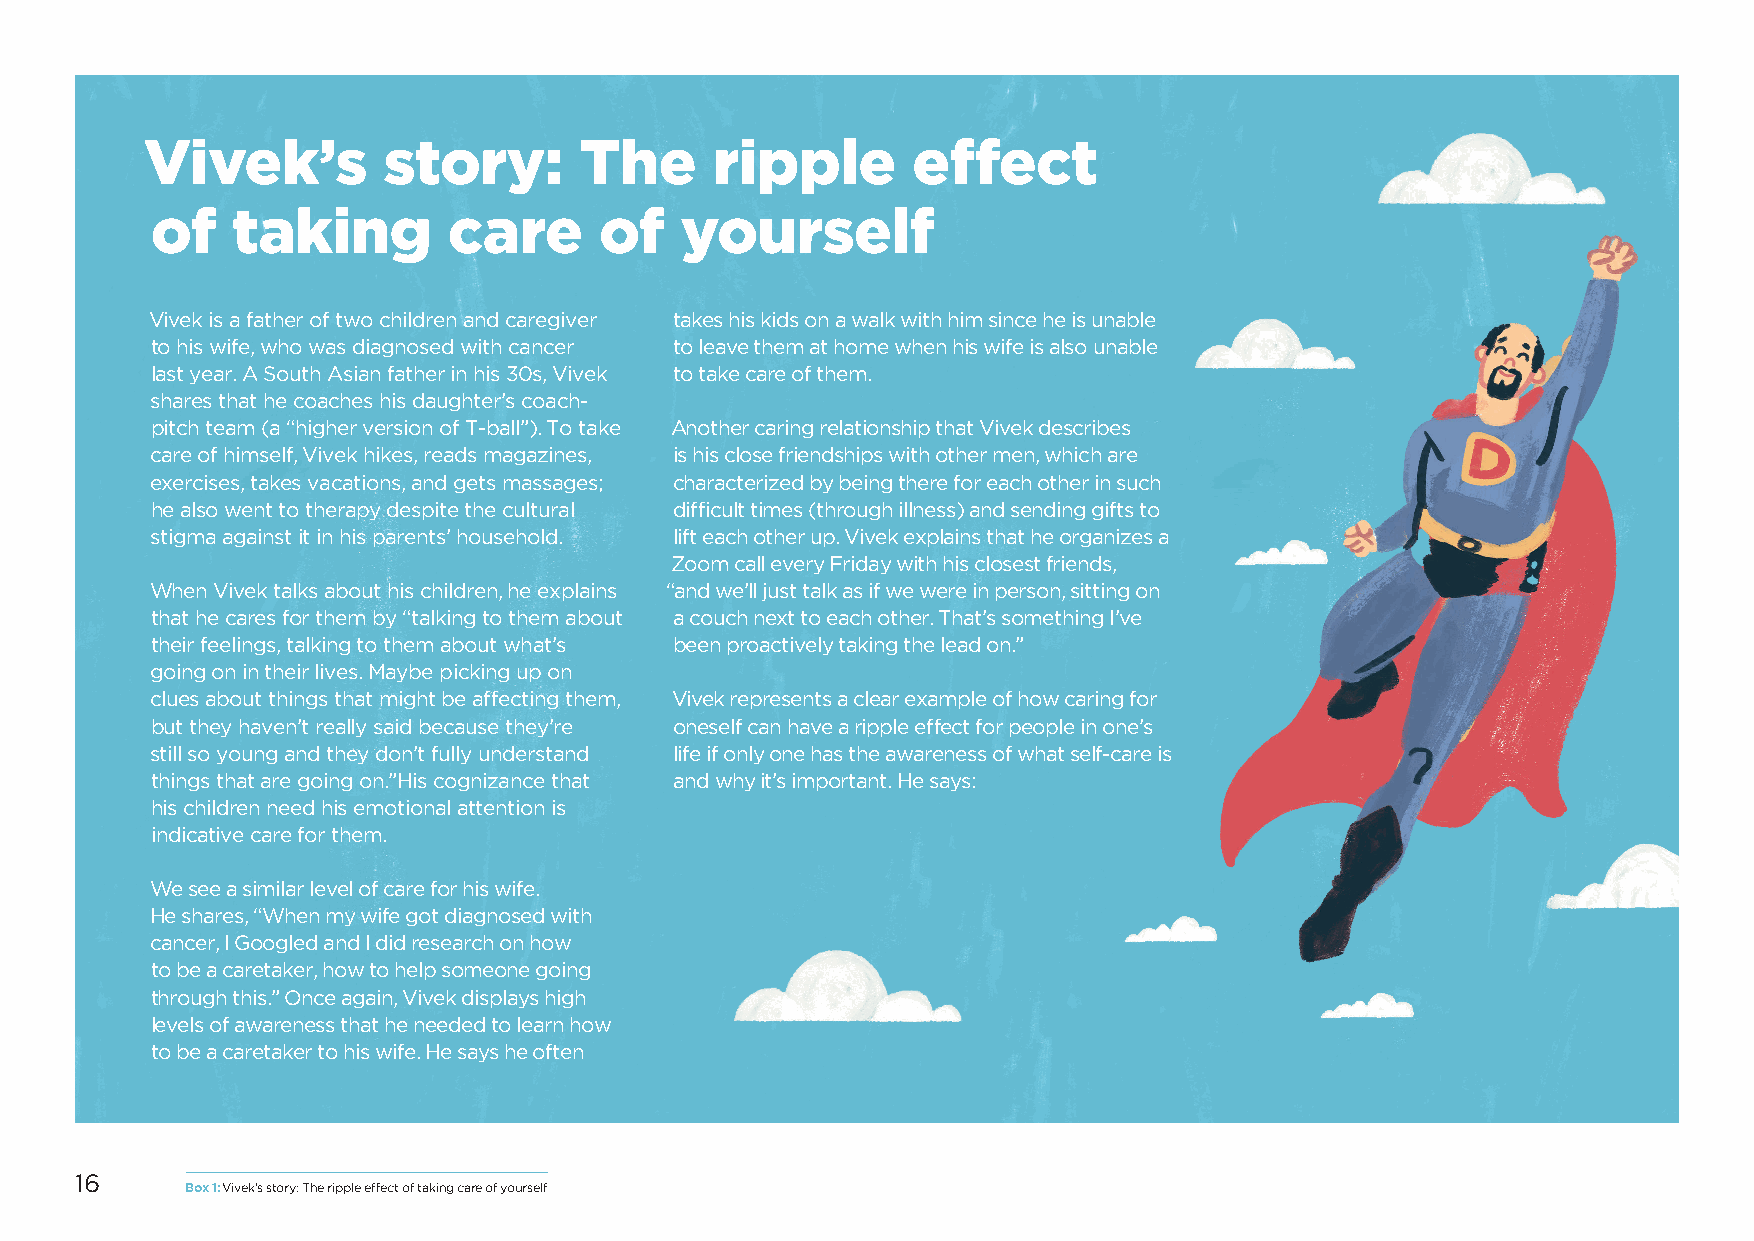
Vivek’s        story:       The      ripple       effect
 of   taking         care      of   yourself
 Vivek is a father of two children and caregiver takes his kids on a walk with him since he is unable
 to his wife, who was diagnosed with cancer to leave them at home when his wife is also unable
 last year. A South Asian father in his 30s, Vivek to take care of them.
 shares that he coaches his daughter’s coach-
 pitch team (a “higher version of T-ball”). To take Another caring relationship that Vivek describes
 care of himself, Vivek hikes, reads magazines, is his close friendships with other men, which are
 exercises, takes vacations, and gets massages; characterized by being there for each other in such
 he also went to therapy despite the cultural difficult times (through illness) and sending gifts to
 stigma against it in his parents’ household. lift each other up. Vivek explains that he organizes a
 Zoom call every Friday with his closest friends,
 When Vivek talks about his children, he explains “and we’ll just talk as if we were in person, sitting on
 that he cares for them by “talking to them about a couch next to each other. That’s something I’ve
 their feelings, talking to them about what’s been proactively taking the lead on.”
 going on in their lives. Maybe picking up on
 clues about things that might be affecting them, Vivek represents a clear example of how caring for
 but they haven’t really said because they’re oneself can have a ripple effect for people in one’s
 still so young and they don’t fully understand life if only one has the awareness of what self-care is
 things that are going on.”His cognizance that and why it’s important. He says:
 his children need his emotional attention is
 indicative care for them.
 We see a similar level of care for his wife.
 He shares, “When my wife got diagnosed with
 cancer, I Googled and I did research on how
 to be a caretaker, how to help someone going
 through this.” Once again, Vivek displays high
 levels of awareness that he needed to learn how
 to be a caretaker to his wife. He says he often
 16
 Box 1: Vivek’s story: The ripple effect of taking care of yourself